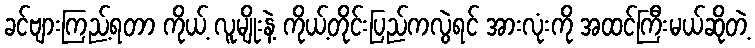
ခင်ဗျားကြည့်ရတာ ကိုယ့် လူမျိုးနဲ့ ကိုယ့်တိုင်းပြည်ကလွဲရင် အားလုံးကို အထင်ကြီးမယ်ဆိုတဲ့